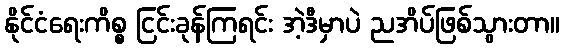
နိုင်ငံရေးကိစ္စ ငြင်းခုန်ကြရင်း အဲ့ဒီမှာပဲ ညအိပ်ဖြစ်သွားတာ။